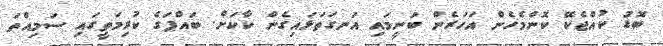
ބޮޑު ކުއްޖެކޭ ކޮންމެހެން އަހަރެން ބުނީމައި އަނގަތަޅައިގެން ކާކަށް. ބައްޕަގެ ކުރިމަތީގައި ސަމިއްތަ